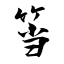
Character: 筜